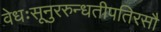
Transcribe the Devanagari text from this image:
वेधःसूनुररुन्धतीपतिरसौ